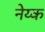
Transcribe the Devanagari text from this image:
नेय्क